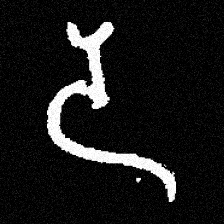
Pyu character \u2014 Myanmar letter: ဒ (romanized: da)